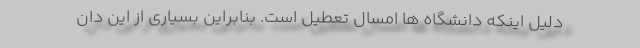
دلیل اینکه دانشگاه ها امسال تعطیل است. بنابراین بسیاری از این دان